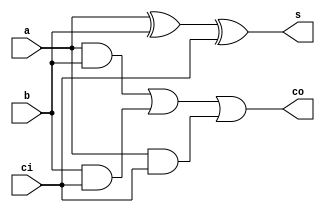
`timescale 1ns / 1ps
//////////////////////////////////////////////////////////////////////////////////
// Company: 
// Engineer: 
// 
// Design Name: 
// Module Name: full_adder
// Project Name: 
// Target Devices: 
// Tool Versions: 
// Description: 
// 
// Dependencies: 
// 
// Revision:
// Revision 0.01 - File Created
// Additional Comments:
// 
//////////////////////////////////////////////////////////////////////////////////


module full_adder(
	a,b,ci,s,co);
		
	input wire  a,b;
	input wire   ci;
	output wire  s;
	output wire  co;
	
	assign	s=a^b^ci;
	assign	co=(a&b)||(b&ci)||(a&ci);

endmodule